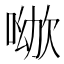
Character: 𠸰